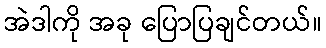
အဲဒါကို အခု ပြောပြချင်တယ်။